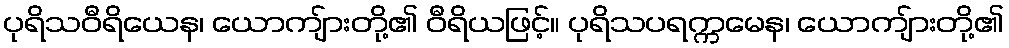
ပုရိသဝီရိယေန၊ ယောကျ်ားတို့၏ ဝီရိယဖြင့်။ ပုရိသပရက္ကမေန၊ ယောကျ်ားတို့၏